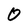
Character: 0